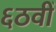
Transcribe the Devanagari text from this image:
६ठवीँ